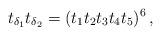
LaTeX: \begin{align*} t_{\delta_1} t_{\delta_2} = (t_1 t_2 t_3 t_4 t_5)^6 \, ,\end{align*}